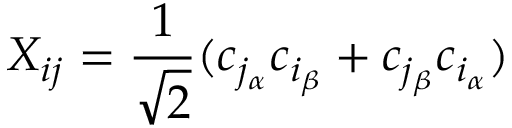
X _ { i j } = \frac { 1 } { \sqrt { 2 } } ( c _ { { j _ { \alpha } } } c _ { { i _ { \beta } } } + c _ { { j _ { \beta } } } c _ { { i _ { \alpha } } } )